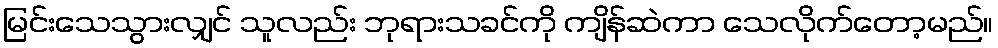
မြင်းသေသွားလျှင် သူလည်း ဘုရားသခင်ကို ကျိန်ဆဲကာ သေလိုက်တော့မည်။